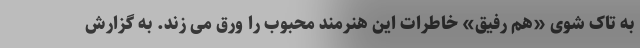
به تاک شوی «هم رفیق» خاطرات این هنرمند محبوب را ورق می زند. به گزارش